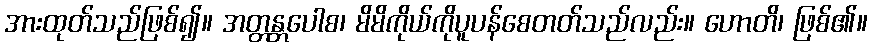
အားထုတ်သည်ဖြစ်၍။ အတ္တန္တပေါစ၊ မိမိကိုယ်ကိုပူပန်စေတတ်သည်လည်း။ ဟောတိ၊ ဖြစ်၏။